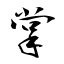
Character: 掌